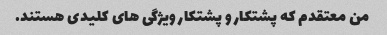
من معتقدم که پشتکار و پشتکار ویژگی های کلیدی هستند.